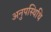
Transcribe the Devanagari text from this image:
अनुपस्थिथि